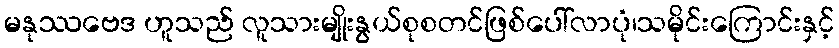
မနုဿဗေဒ ဟူသည် လူသားမျိုးနွယ်စုစတင်ဖြစ်ပေါ်လာပုံ၊သမိုင်းကြောင်းနှင့်